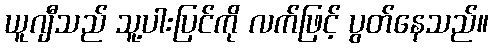
ယူဂျီသည် သူ့ပါးပြင်ကို လက်ဖြင့် ပွတ်နေသည်။